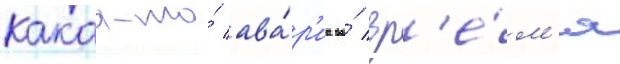
какаа-то́ ава́р'иа во́ вр'е́м'я